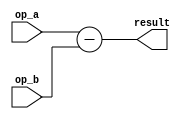
module SUBTRACT #(parameter DATA_WIDTH = 16) (
		op_a,
		op_b,
		result
	);
	input  signed  [DATA_WIDTH-1:0] op_a;
	input  signed  [DATA_WIDTH-1:0] op_b;
	output signed [DATA_WIDTH-1:0] result;

	assign result = op_a - op_b;

endmodule